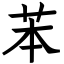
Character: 苯